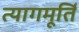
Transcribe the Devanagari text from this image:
त्यागमूर्ति